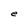
Character: e